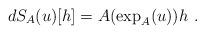
LaTeX: \begin{align*} d S_A(u)[h] = A(\exp_A(u))h \ .\end{align*}